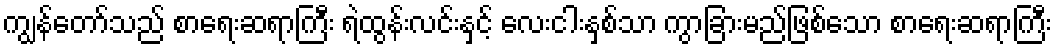
ကျွန်တော်သည် စာရေးဆရာကြီး ရဲထွန်းလင်းနှင့် လေးငါးနှစ်သာ ကွာခြားမည်ဖြစ်သော စာရေးဆရာကြီး